Vaccination United Provinces of Agra and Oudh 1914-1922 - 1914-1922
Year: 1914
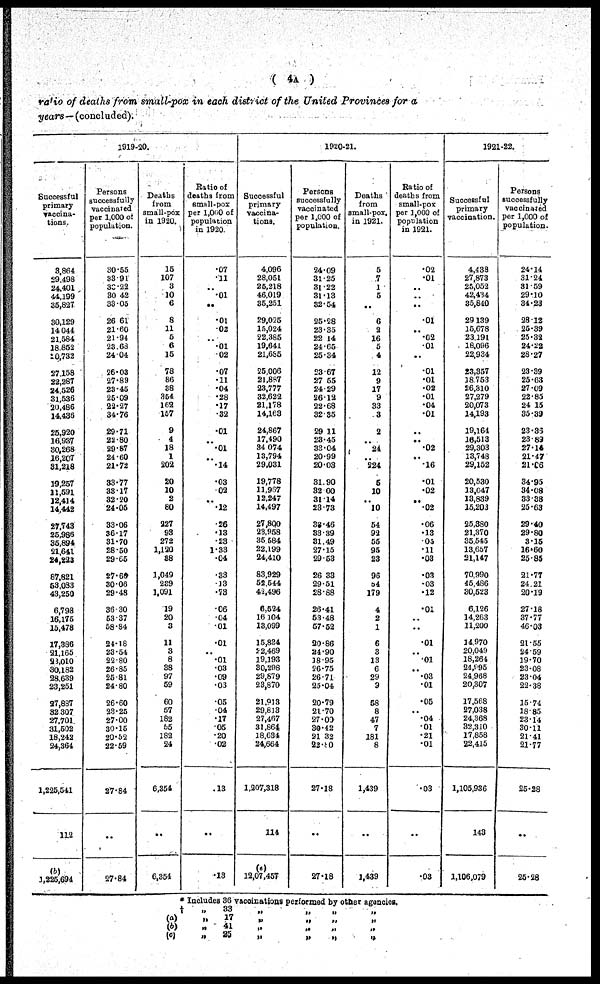
( 4A )
ratio of deaths from small-pox in each district of the United Provinces for a
years—(concluded).
1919-20.
Successful
primary
vaccina¬
tions.
3,864
29,498
24,401
44,199
35,827
30,129
14,044
21,584
18,852
10,732
27,158
22,287
24,526
31,536
20,486
14,436
25,920
16,937
30,268
16,207
31,218
19,257
11,591
12,414
14,442
27,743
25,986
35,894
21,641
24,223
87,821
53,083
43,250
6,798
16,175
15,478
17,386
21,165
23,010
30,182
28,639
23,251
27,887
32,307
27,701
31,502
18,242
24,364
1,225,541
112
(b)
1,225,694
Persons
successfully
vaccinated
per 1,000 of
population.
30.55
33.91
30.22
30.42
33.05
26.61
21.60
21.94
23.68
24.04
26.03
27.89
23.46
25.09
22.27
34.76
29.71
22.80
29.87
24.60
21.72
33.77
33.17
32.20
24.05
33.06
36.17
31.70
28.50
29.65
27.60
30.06
29.48
36.30
53.37
58.84
24.18
23.64
22.80
26.85
25.81
24.80
26.60
23.25
27.00
30.15
20.52
22.59
27.84
..
27.84
Deaths
from
small-pox
in 1920.
15
107
3
10
6
8
11
5
6
15
78
86
38
354
162
157
9
4
18
1
202
20
10
2
80
227
93
272
1,120
38
1,049
239
1,091
19
20
3
11
3
8
38
97
59
60
57
182
55
182
24
6,354
..
6,354
Ratio of
deaths from
small-pox
per 1,000 of
population
in 1920.
.07
.11
..
.01
..
.01
.02
..
.01
.02
.07
.11
.04
.28
.17
.32
.01
..
.01
..
.14
.03
.02
..
.12
.26
.18
.23
1.33
.04
.33
.13
.73
.06
.04
.01
.01
..
.01
.03
.09
.06
.05
.04
.17
.05
.20
.02
.13
..
.13
1920-21.
Successful
primary
vaccina-
tions.
4,096
28,051
25,218
46,019
35,251
29,025
15,024
22,385
19,641
21,685
25,006
21,887
23,777
32,622
21,178
14,163
24,867
17,490
34,074
13,794
29,031
19,778
11,967
12,247
14,497
27,800
23,958
35,584
22,199
24,410
83,929
52,544
42,496
6,524
16,104
13,099
15,834
22,469
19,193
30,298
29,879
23,870
21,913
29,813
27,467
31,864
18,634
24,664
1,207,318
114
(c)
12,07,457
Persons
successfully
vaccinated
per 1,000 of
population.
24.09
31.25
31.22
31.13
32.54
25.28
23.35
22.14
24.65
25.34
23.67
27.55
24.29
26.12
22.68
32.35
29.11
23.45
33.04
20.99
20.03
31.90
32.00
31.14
23.73
33.46
33.39
31.49
27.15
29.53
26.33
29.51
28.88
26.41
53.48
57.52
20.86
24.90
18.95
26.75
26.71
25.04
20.79
21.70
27.00
30.42
21.32
22.80
27.18
..
27.18
Deaths
from
small-pox
in 1921.
5
7
1
5
..
6
2
16
5
4
12
9
17
9
33
3
2
..
24
..
224
5
10
..
10
54
92
55
95
23
96
54
179
4
2
1
6
3
13
6
29
9
58
8
47
7
181
8
1,439
..
1,439
Ratio of
deaths from
small-pox
per 1,000 of
population
in 1921.
.02
.01
..
..
..
.01
..
.02
.01
..
.01
.01
.02
.01
.04
.01
..
..
.02
..
.16
.01
.02
..
.02
.06
.13
.05
.11
.03
.03
.03
.12
.01
..
..
.01
..
.01
..
.03
.01
.05
..
.04
.01
.21
.01
.03
..
.03
1921-22.
Successful
primary
vaccination.
4,438
27,873
25,052
42,434
35,840
29,139
15,678
23,191
18,096
22,934
23,357
18,753
26,310
27,279
20,073
14,193
19,164
16,513
29,303
13,748
29,152
20,530
13,047
13,839
15,203
25,380
21,370
35,545
13,657
21,147
70,990
45,486
30,523
6,126
14,263
11,200
14,970
20,049
18,264
24,995
24,968
20,307
17,568
27,038
24,368
32,310
17,858
22,415
1,105,936
143
1,106,079
Persons
successfully
vaccinated
per 1,000 of
population.
24.14
31.24
31.59
29.10
34.23
28.12
25.39
25.32
24.22
28.27
23.39
25.68
27.09
22.85
24.15
35.39
23.35
23.89
27.14
21.47
21.06
34.95
34.08
33.38
25.63
29.40
29.80
3.15
16.60
25.85
21.77
24.21
20.19
27.18
37.77
46.03
21.55
24.59
19.70
23.08
23.04
22.38
15.74
18.85
23.14
30.11
21.41
21.77
25.28
..
25.28
* Includes 36 vaccinations performed by other agencies.
†
„
33
„
„
„
„
(a)
„
17
„
„
„
„
(b)
„ 41
„
„
„
„
(c)
„
25
„
„
„